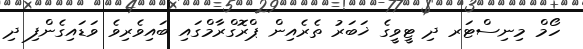
ހޯމް މިނިސްޓަރ ދި ޓީވީގެ ޚަބަރު ތެރެއިން ޕްރޮގްރާމްގައި ބައިވެރިވެ ވަޑައިގެންފި ދި